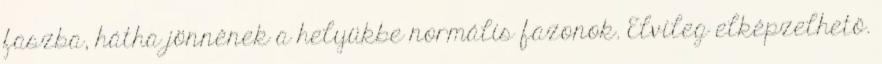
faszba, hátha jönnének a helyükbe normális fazonok. Elvileg elképzelhető.